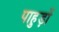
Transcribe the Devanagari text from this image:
पाहुड़ों